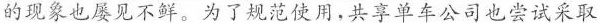
的现象也屡见不解。为了规范使用，共享单车公司也尝试采取